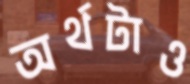
অর্থটাও